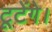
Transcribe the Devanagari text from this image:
टूटेंगे।